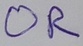
Text: OR